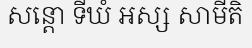
សន្តោ ទីឃំ អស្ស សាមីតិ